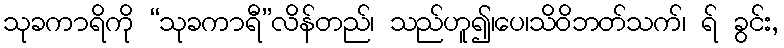
သုခကာရိကို “သုခကာရီ”လိန်တည်၊ သည်ဟူ၍၊ပေ၊သိဝိဘတ်သက်၊ ရ် ခွင်း,